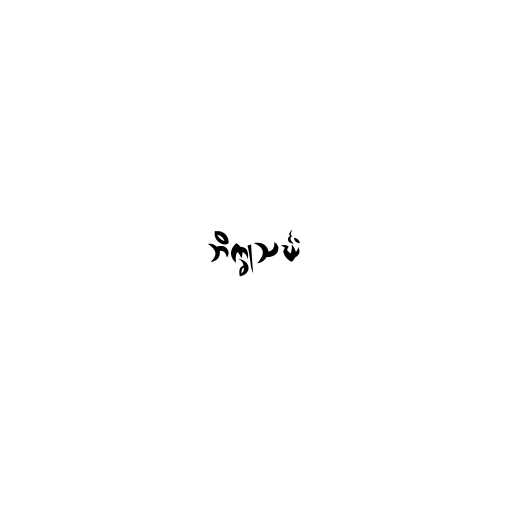
ဘိက္ခုသင်္ဃံ